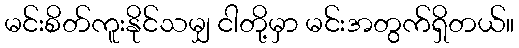
မင်းစိတ်ကူးနိုင်သမျှ ငါတို့မှာ မင်းအတွက်ရှိတယ်။